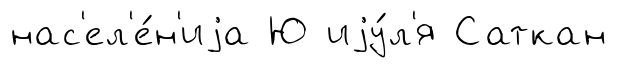
нас'ел'е́н'иjа Ю иjу́л'я Саткан